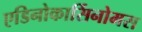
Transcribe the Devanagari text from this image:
एडिनोकार्सिनोमस